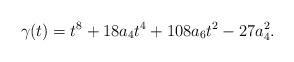
LaTeX: \begin{align*} \gamma(t)=t^8+18a_4t^4+108a_6t^2-27a_4^2.\end{align*}